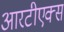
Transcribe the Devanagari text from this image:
आरटीएक्स